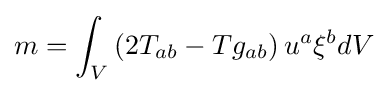
m=\int _{V}\left(2T_{ab}-Tg_{ab}\right)u^{a}\xi ^{b}dV